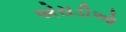
એસડીઓ